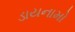
ડાયનામો